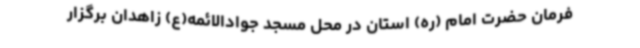
فرمان حضرت امام (ره) استان در محل مسجد جوادالائمه(ع) زاهدان برگزار